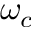
\omega _ { c }